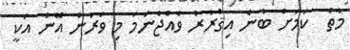
މާތް  ކަމަށް ބުނެ އިޤްރާރު ވެއްޖެނަމަ މި ވަރުން އޭނާ އަކީ